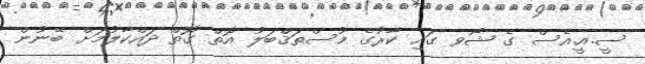
ސީ.އީ.އެސް ގެ ޝޯވ ގައި ކާރުގެ މުސްތަޤްބަލު އޮތް ގޮތް ދައްކާލުމަށް ބޭނުން